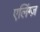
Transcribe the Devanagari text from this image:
एलिंग्ज़